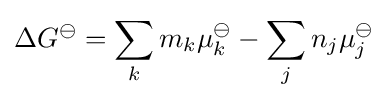
\Delta G^{\ominus }=\sum _{k}m_{k}\mu _{k}^{\ominus }-\sum _{j}n_{j}\mu _{j}^{\ominus }